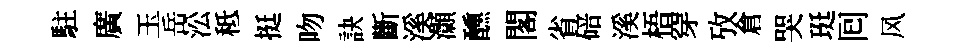
駐廣玉岳㳂秪挺吻訣斷溪灝醺閣省碚溪梧穿攷倉哭珽囘风